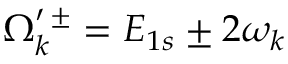
\Omega _ { k } ^ { \prime \, \pm } = E _ { 1 s } \pm 2 \omega _ { k }